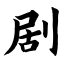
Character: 剧